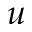
u